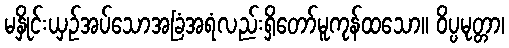
မနှိုင်းယှဉ်အပ်သောအခြံအရံလည်းရှိတော်မူကုန်ထသော။ ဝိပ္ပမုတ္တာ၊